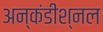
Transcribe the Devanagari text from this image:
अन्कंडीश्नल